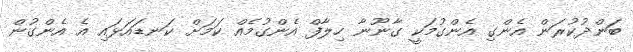
ބަންދުކުރަން އެންގި އެންގުމަކީ ގާނޫނާ ހިލާފް އެންގުމެއް ކަމަށް ކަނޑައަޅައި އެ އެންގުން